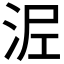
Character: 𭰖